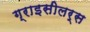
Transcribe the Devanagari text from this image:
ग्राइसीलर्स